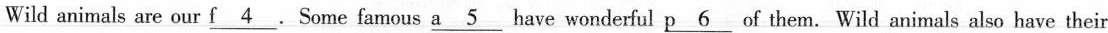
Wild animals are our \underline{f4}.Some famous \underline{a5} have wonderful \underline{p6} of them. Wild animals also have their